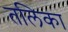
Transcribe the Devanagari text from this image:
तलिका